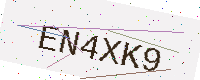
Text: EN4XK9